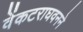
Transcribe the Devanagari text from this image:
वेंकटराघवनने